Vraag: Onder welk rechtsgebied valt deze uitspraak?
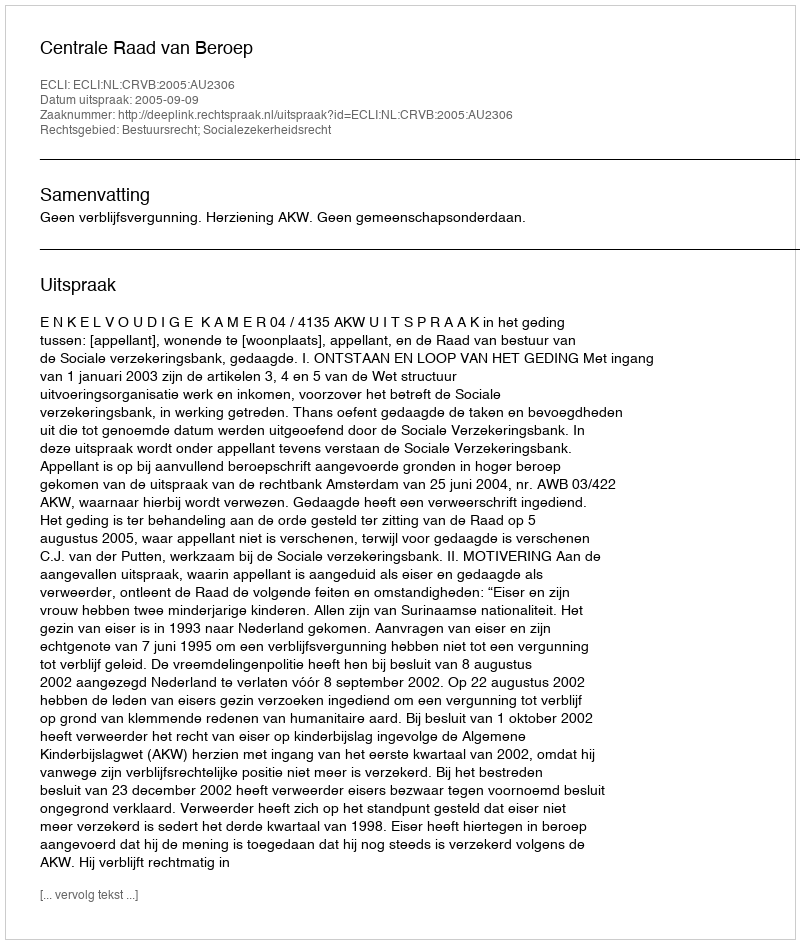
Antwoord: Bestuursrecht; Socialezekerheidsrecht